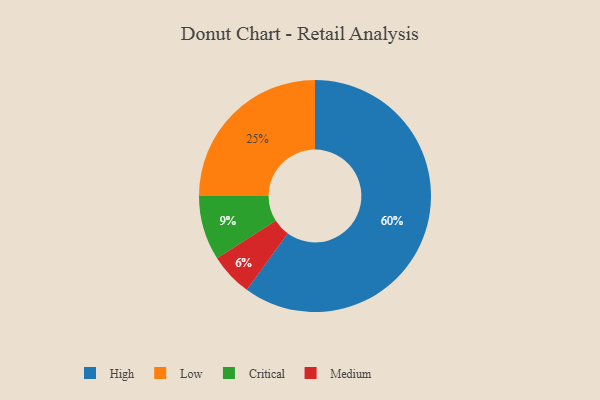
{"axis": {"x": "Category", "y": "Percentage"}, "legend": ["Critical", "High", "Low", "Medium"], "data": [{"x": "Critical", "y": 9, "type": "Critical"}, {"x": "Low", "y": 25, "type": "Low"}, {"x": "Medium", "y": 6, "type": "Medium"}, {"x": "High", "y": 60, "type": "High"}]}